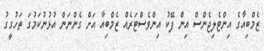
ޒެމްބިއާގެ އިންޓެލިޖެންސް އިން ފޭކު އިންވެސްޓަރެއް ޒެމްބިއާ އަށް ގެންނަން އުޅުނުކަމުގަ ތަހުގީގު